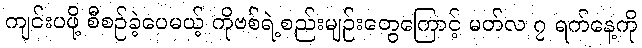
ကျင်းပဖို့ စီစဉ်ခဲ့ပေမယ့် ကိုဗစ်ရဲ့စည်းမျဉ်းတွေကြောင့် မတ်လ ၇ ရက်နေ့ကို